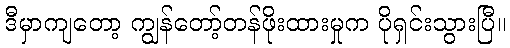
ဒီမှာကျတော့ ကျွန်တော့်တန်ဖိုးထားမှုက ပိုရှင်းသွားပြီ။